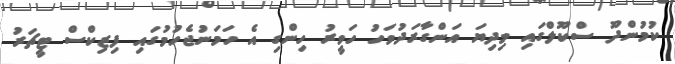
ކުމުންދޫ ސްކޫލްގައި މިދިޔަ އަންގާރަދުވަހު ހަވީރު ހިންގި އެ ހަމަނުޖެހުމުގައި ފިޒިކްސް ޓީޗަރު